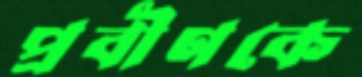
প্রবীণকে